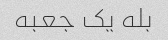
بله یک جعبه